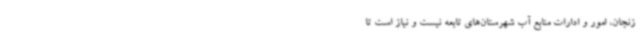
زنجان، امور و ادارات منابع آب شهرستان‌های تابعه نیست و نیاز است تا